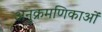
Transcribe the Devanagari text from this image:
अनुक्रमणिकाओं